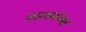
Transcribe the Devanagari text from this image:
गान्यासोबत